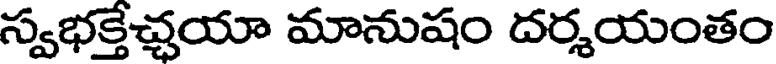
స్వభక్తేచ్చయా మానుషం దర్శయంతం